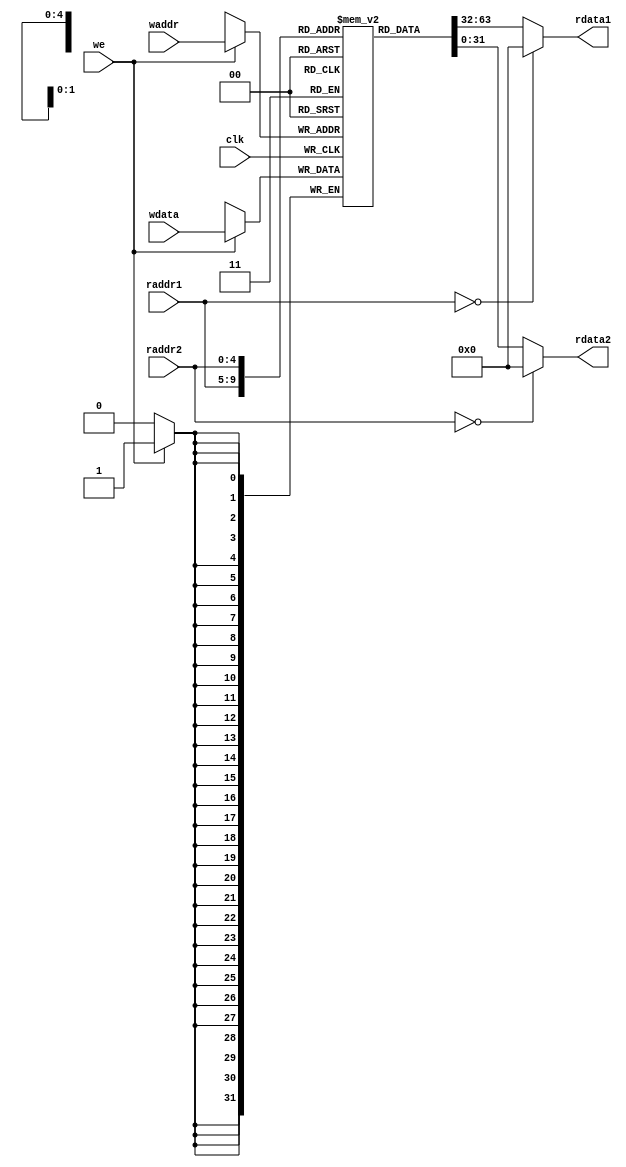
module regfile(
  input         clk,
  input  [ 4:0] raddr1,
  output [31:0] rdata1,
  input  [ 4:0] raddr2,
  output [31:0] rdata2,
  input         we,
  input  [ 4:0] waddr,
  input  [31:0] wdata
);
reg [31:0] rf[31:0];
// WRITE
always @(posedge clk) begin
    if (we) rf[waddr]<= wdata;
end
// READ OUT 1
assign rdata1 = (raddr1==5'b0) ? 32'b0 : rf[raddr1];
// READ OUT 2
assign rdata2 = (raddr2==5'b0) ? 32'b0 : rf[raddr2];
endmodule